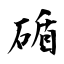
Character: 碷